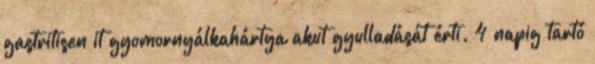
gastritisen it gyomornyálkahártya akut gyulladását érti. 4 napig tartó